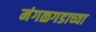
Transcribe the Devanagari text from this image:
मंगळगडाच्या